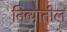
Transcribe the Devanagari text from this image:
तिव्यातील